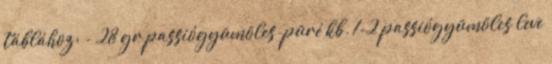
táblához: - 28 gr passiógyümölcs-püré kb. 1-2 passiógyümölcs leve